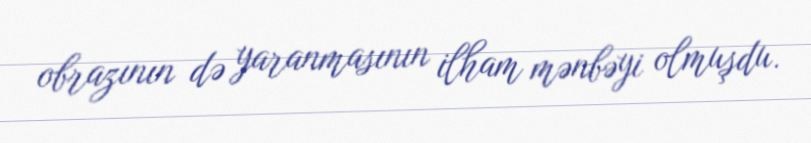
obrazının də yaranmasının ilham mənbəyi olmuşdu.